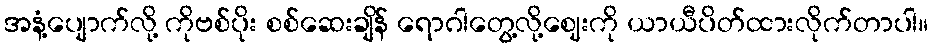
အနံ့ပျောက်လို့ ကိုဗစ်ပိုး စစ်ဆေးချိန် ရောဂါတွေ့လို့ဈေးကို ယာယီပိတ်ထားလိုက်တာပါ။